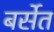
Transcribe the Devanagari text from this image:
बर्सेत